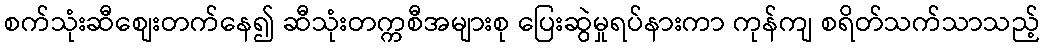
စက်သုံးဆီစျေးတက်နေ၍ ဆီသုံးတက္ကစီအများစု ပြေးဆွဲမှုရပ်နားကာ ကုန်ကျ စရိတ်သက်သာသည့်